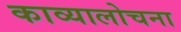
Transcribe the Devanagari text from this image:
काव्यालोचना